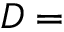
D =